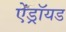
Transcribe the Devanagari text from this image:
ऐंड्रॉयड